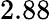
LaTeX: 2.88